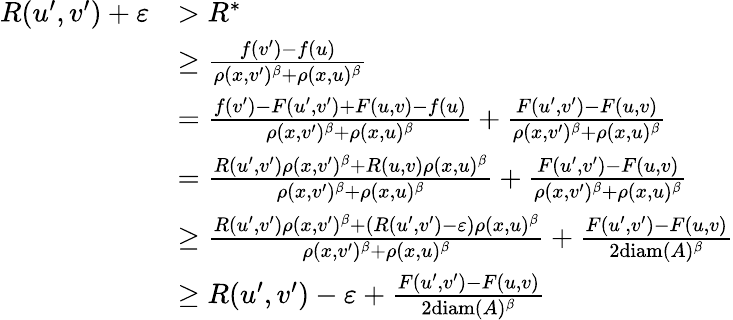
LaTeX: \begin{array}{rl}{R(u^{\prime},v^{\prime})+\varepsilon}&{>R^{*}}\\ &{\geq\frac{f(v^{\prime})-f(u)}{\rho(x,v^{\prime})^{\beta}+\rho(x,u)^{\beta}}}\\ &{=\frac{f(v^{\prime})-F(u^{\prime},v^{\prime})+F(u,v)-f(u)}{\rho(x,v^{\prime})^{\beta}+\rho(x,u)^{\beta}}+\frac{F(u^{\prime},v^{\prime})-F(u,v)}{\rho(x,v^{\prime})^{\beta}+\rho(x,u)^{\beta}}}\\ &{=\frac{R(u^{\prime},v^{\prime})\rho(x,v^{\prime})^{\beta}+R(u,v)\rho(x,u)^{\beta}}{\rho(x,v^{\prime})^{\beta}+\rho(x,u)^{\beta}}+\frac{F(u^{\prime},v^{\prime})-F(u,v)}{\rho(x,v^{\prime})^{\beta}+\rho(x,u)^{\beta}}}\\ &{\geq\frac{R(u^{\prime},v^{\prime})\rho(x,v^{\prime})^{\beta}+(R(u^{\prime},v^{\prime})-\varepsilon)\rho(x,u)^{\beta}}{\rho(x,v^{\prime})^{\beta}+\rho(x,u)^{\beta}}+\frac{F(u^{\prime},v^{\prime})-F(u,v)}{2\mathrm{diam}(A)^{\beta}}}\\ &{\geq R(u^{\prime},v^{\prime})-\varepsilon+\frac{F(u^{\prime},v^{\prime})-F(u,v)}{2\mathrm{diam}(A)^{\beta}}}\end{array}